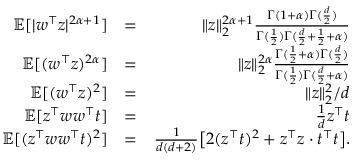
\begin{array} { r l r } { { \mathbb E } [ | w ^ { \top } z | ^ { 2 \alpha + 1 } ] } & { = } & { \| z \| _ { 2 } ^ { 2 \alpha + 1 } \frac { \Gamma ( 1 + \alpha ) \Gamma ( \frac { d } { 2 } ) } { \Gamma ( \frac { 1 } { 2 } ) \Gamma ( \frac { d } { 2 } + \frac { 1 } { 2 } + \alpha ) } } \\ { { \mathbb E } [ ( w ^ { \top } z ) ^ { 2 \alpha } ] } & { = } & { \| z \| _ { 2 } ^ { 2 \alpha } \frac { \Gamma ( \frac { 1 } { 2 } + \alpha ) \Gamma ( \frac { d } { 2 } ) } { \Gamma ( \frac { 1 } { 2 } ) \Gamma ( \frac { d } { 2 } + \alpha ) } } \\ { { \mathbb E } [ ( w ^ { \top } z ) ^ { 2 } ] } & { = } & { \| z \| _ { 2 } ^ { 2 } / d } \\ { { \mathbb E } [ z ^ { \top } w w ^ { \top } t ] } & { = } & { \frac { 1 } { d } z ^ { \top } t } \\ { { \mathbb E } [ ( z ^ { \top } w w ^ { \top } t ) ^ { 2 } ] } & { = } & { \frac { 1 } { d ( d + 2 ) } \big [ 2 ( z ^ { \top } t ) ^ { 2 } + z ^ { \top } z \cdot t ^ { \top } t \big ] . } \end{array}